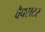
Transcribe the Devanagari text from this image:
वैक्सटर